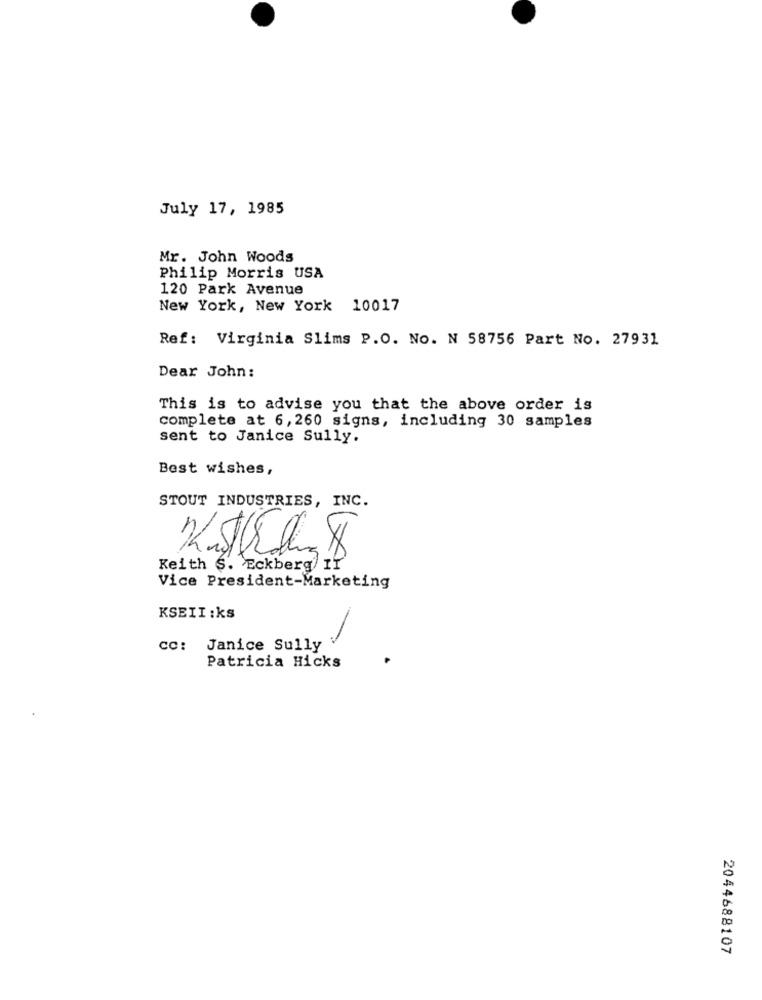
July 17, 1985
Mr. John Woods
Philip Morris USA
120 Park Avenue
New York, New York 10017
Ref: Virginia Slims P.O. No. N 58756 Part No. 27931
Dear John:
This is to advise you that the above order is
complete at 6,260 signs, including 30 samples
sent to Janice Sully.
Best wishes,
STOUT INDUSTRIES, INC.
Keith S. Eckberg IT
Vice President-Marketing
KSEII :ks
CC:
Janice Sully
Patricia Hicks
2044688107